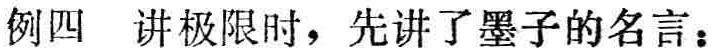
例四 讲极限时，先讲了墨子的名言：